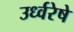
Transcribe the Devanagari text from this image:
उर्ध्वरेषे